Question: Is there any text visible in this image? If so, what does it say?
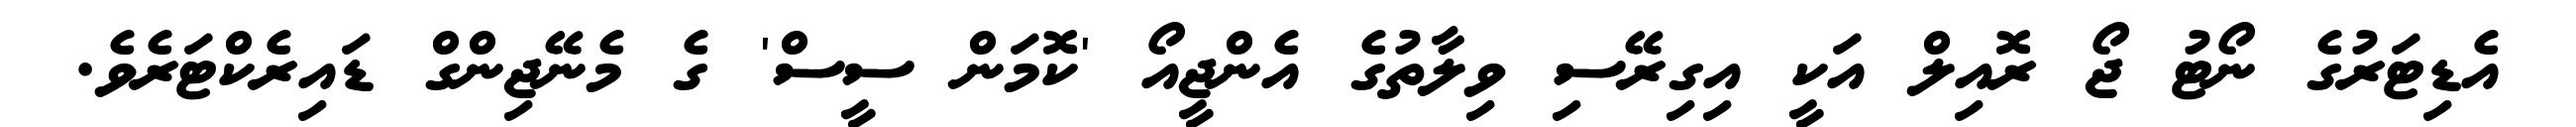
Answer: އެޑިޓަރުގެ ނޯޓު ޖޯ ރޮއިލް އަކީ އިގިރޭސި ވިލާތުގެ އެންޖީއޯ 'ކޮމަން ސީސް' ގެ މެނޭޖިންގް ޑައިރެކްޓަރެވެ.